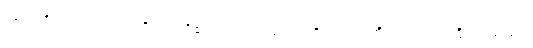
ပလေတိုးကား ဆော့ခရတ္တိ ပညာရှိ၏ တပည့် အပေါင်းတို့တွင် အကြီးကျယ်ဆုံး ပုဂ္ဂိုလ် ဖြစ်၏။